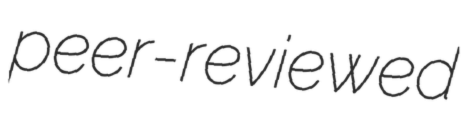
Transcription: peer-reviewed